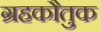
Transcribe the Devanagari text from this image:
ग्रहकौतुक